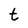
Character: t